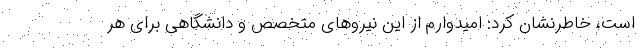
است، خاطرنشان کرد: امیدوارم از این نیروهای متخصص و دانشگاهی برای هر